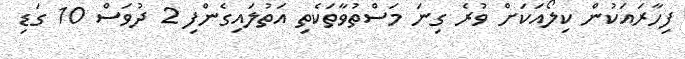
ފިހާރައަކުން ކިލޯއަކަށް ވުރެ ގިނަ މަސްތުވާތަކެތި އަތުލައިގެންފި 2 ދުވަސް 10 ގަޑި